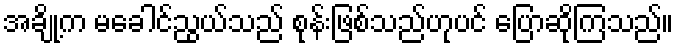
အချို့က မခေါင်ညွယ်သည် စုန်းဖြစ်သည်ဟုပင် ပြောဆိုကြသည်။